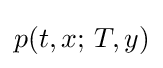
p(t,x;\,T,y)